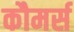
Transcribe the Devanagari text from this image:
कौमर्स